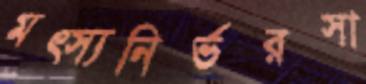
মত্স্যনির্ভরসা